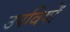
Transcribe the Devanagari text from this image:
उपविषों